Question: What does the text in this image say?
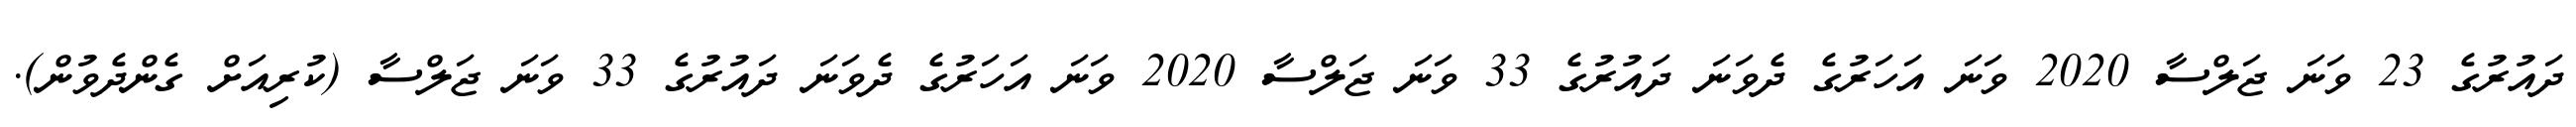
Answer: ދައުރުގެ 23 ވަނަ ޖަލްސާ 2020 ވަނަ އަހަރުގެ ދެވަނަ ދައުރުގެ 33 ވަނަ ޖަލްސާ 2020 ވަނަ އަހަރުގެ ދެވަނަ ދައުރުގެ 33 ވަނަ ޖަލްސާ (ކުރިއަށް ގެންދެވުން).